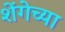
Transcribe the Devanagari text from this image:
शेंगेच्या